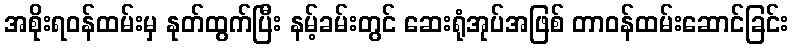
အစိုးရဝန်ထမ်းမှ နုတ်ထွက်ပြီး နမ့်ခမ်းတွင် ဆေးရုံအုပ်အဖြစ် တာဝန်ထမ်းဆောင်ခြင်း